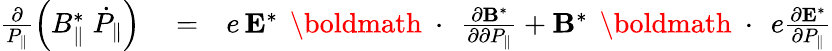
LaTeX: \begin{array}{rlr}{\frac{\partial}{P_{\| }}\left(B_{\| }^{*}\; \dot{P}_{\| }\right)}&{{}=}&{e\, {\mathbf E}^{*}\, \mathrm{~\boldmath~\cdot~}\, \frac{\partial{\mathbf B}^{*}}{\partial\partial P_{\| }}+{\mathbf B}^{*}\, \mathrm{~\boldmath~\cdot~}\, e\frac{\partial{\mathbf E}^{*}}{\partial P_{\| }}}\end{array}